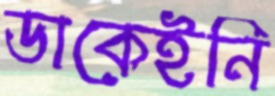
ডাকেইনি